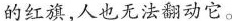
的红旗，人也无法翻动它。